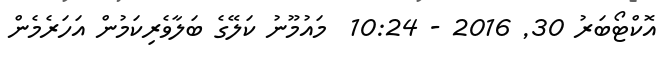
އޮކްޓޯބަރު 30